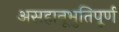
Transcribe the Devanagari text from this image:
असहानूभुतिपूर्ण